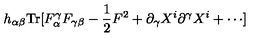
h _ { \alpha \beta } \mathrm { T r } [ F _ { \alpha } ^ { \gamma } F _ { \gamma \beta } - { \frac { 1 } { 2 } } F ^ { 2 } + \partial _ { \gamma } X ^ { i } \partial ^ { \gamma } X ^ { i } + \cdots ]